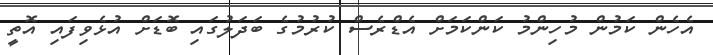
އެހެން ކަމުން މުހިންމު ކަންކަމަށް އެޑްރެސް ކުރުމުގެ ބަދަލުގައި ބޮޑަށް އުޅެވިފައި އޮތީ